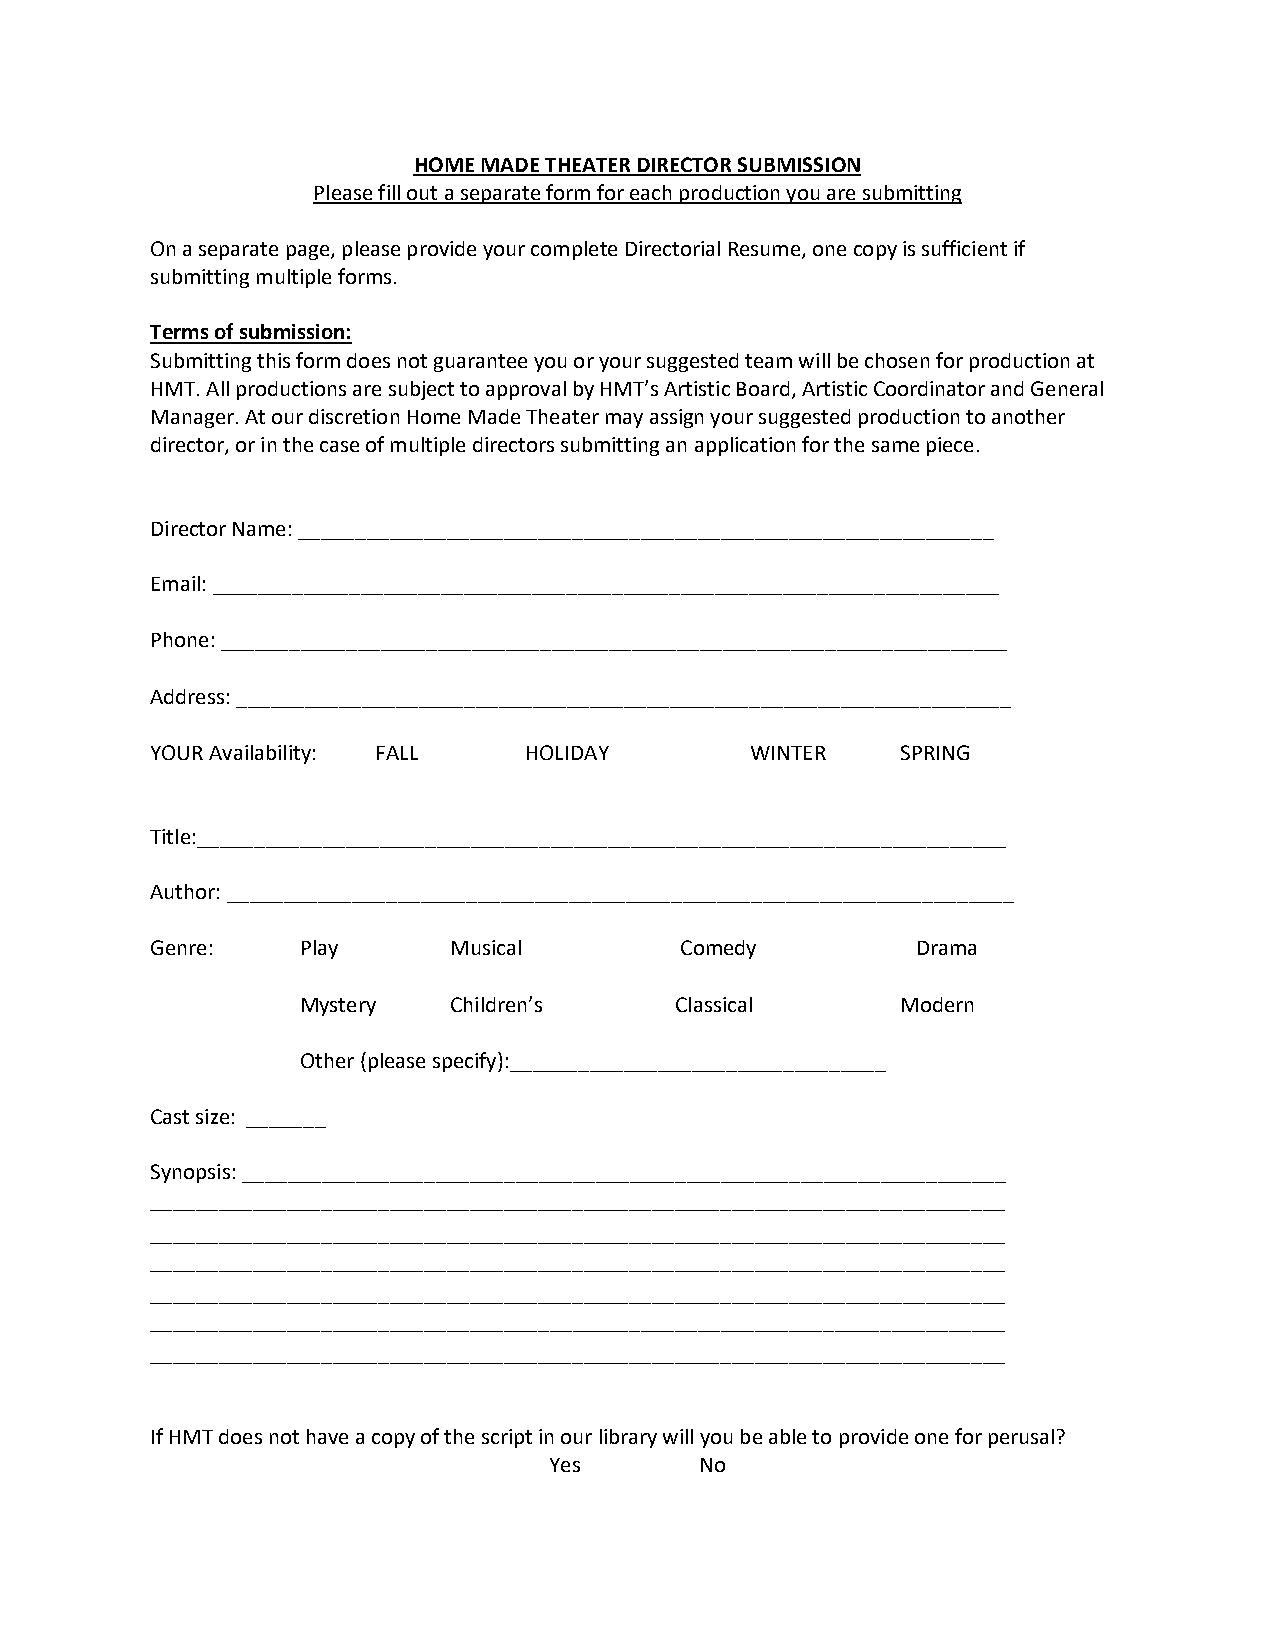
HOME MADE THEATER DIRECTOR SUBMISSION
 Please fill out a separate form for each production you are submitting
 On a separate page, please provide your complete Directorial Resume, one copy is sufficient if
 submitting multiple forms.
 Terms of submission:
 Submitting this form does not guarantee you or your suggested team will be chosen for production at
 HMT. All productions are subject to approval by HMT’s Artistic Board, Artistic Coordinator and General
 Manager. At our discretion Home Made Theater may assign your suggested production to another
 director, or in the case of multiple directors submitting an application for the same piece.
 Director Name: _____________________________________________________________
 Email: _____________________________________________________________________
 Phone: _____________________________________________________________________
 Address: ____________________________________________________________________
 YOUR Availability: FALL  HOLIDAY        WINTER    SPRING
 Title:_______________________________________________________________________
 Author: _____________________________________________________________________
 Genre:    Play      Musical        Comedy          Drama
 Mystery   Children’s     Classical      Modern
 Other (please specify):_________________________________
 Cast size: _______
 Synopsis: ___________________________________________________________________
 ___________________________________________________________________________
 ___________________________________________________________________________
 ___________________________________________________________________________
 ___________________________________________________________________________
 ___________________________________________________________________________
 ___________________________________________________________________________
 If HMT does not have a copy of the script in our library will you be able to provide one for perusal?
 Yes       No